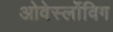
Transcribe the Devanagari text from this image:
ओवेर्स्लोविग